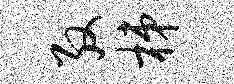
殷梯